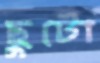
ছুটো